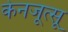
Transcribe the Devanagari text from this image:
केनजूत्सू